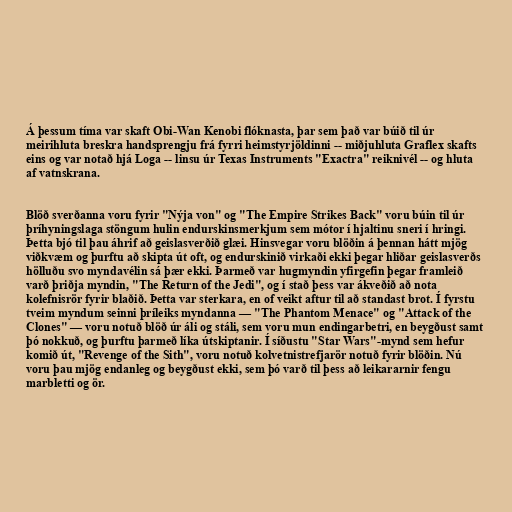
Á þessum tíma var skaft Obi-Wan Kenobi flóknasta, þar sem það var búið til úr
meirihluta breskra handsprengju frá fyrri heimstyrjöldinni -- miðjuhluta Graflex skafts
eins og var notað hjá Loga -- linsu úr Texas Instruments "Exactra" reiknivél -- og hluta
af vatnskrana.

Blöð sverðanna voru fyrir "Nýja von" og "The Empire Strikes Back" voru búin til úr
þríhyningslaga stöngum hulin endurskinsmerkjum sem mótor í hjaltinu sneri í hringi.
Þetta bjó til þau áhrif að geislasverðið glæi. Hinsvegar voru blöðin á þennan hátt mjög
viðkvæm og þurftu að skipta út oft, og endurskinið virkaði ekki þegar hliðar geislasverðs
hölluðu svo myndavélin sá þær ekki. Þarmeð var hugmyndin yfirgefin þegar framleið
varð þriðja myndin, "The Return of the Jedi", og í stað þess var ákveðið að nota
kolefnisrör fyrir blaðið. Þetta var sterkara, en of veikt aftur til að standast brot. Í fyrstu
tveim myndum seinni þríleiks myndanna — "The Phantom Menace" og "Attack of the
Clones" — voru notuð blöð úr áli og stáli, sem voru mun endingarbetri, en beygðust samt
þó nokkuð, og þurftu þarmeð líka útskiptanir. Í síðustu "Star Wars"-mynd sem hefur
komið út, "Revenge of the Sith", voru notuð kolvetnistrefjarör notuð fyrir blöðin. Nú
voru þau mjög endanleg og beygðust ekki, sem þó varð til þess að leikararnir fengu
marbletti og ör.